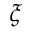
\xi